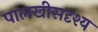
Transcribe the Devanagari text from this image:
पालखीसदृश्य